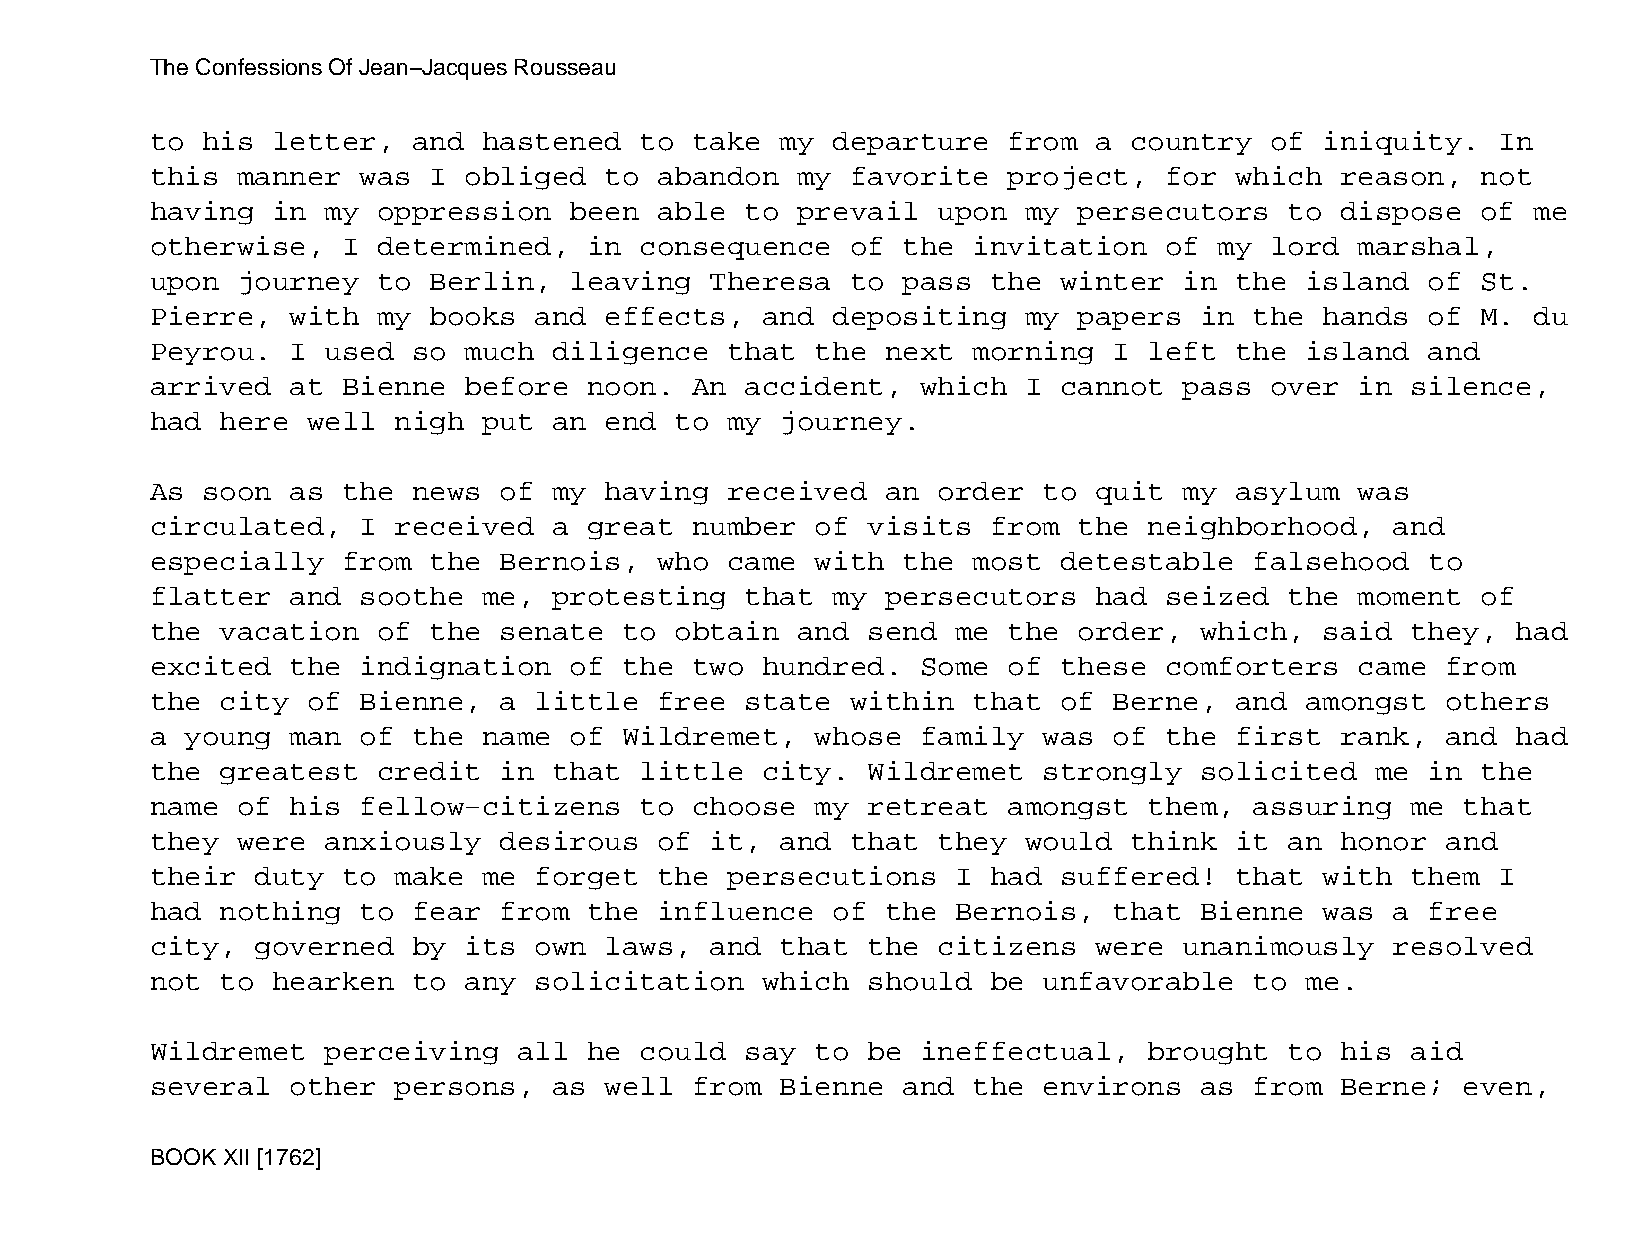
The Confessions Of Jean−Jacques Rousseau
 to his  letter,  and  hastened  to  take  my departure   from a  country  of  iniquity.  In
 this  manner  was I  obliged  to  abandon  my favorite   project,  for  which  reason,  not
 having  in  my oppression   been  able to  prevail  upon  my persecutors   to  dispose  of me
 otherwise,   I determined,   in consequence   of  the invitation   of  my lord  marshal,
 upon  journey  to Berlin,   leaving  Theresa  to  pass  the winter  in  the island   of St.
 Pierre,  with  my books  and  effects,  and  depositing   my papers  in  the  hands  of M. du
 Peyrou.  I  used so  much  diligence  that  the  next morning   I left  the island   and
 arrived  at  Bienne  before  noon.  An accident,   which  I cannot  pass  over  in silence,
 had  here well  nigh  put  an end  to my  journey.
 As soon  as  the news  of  my having  received   an order  to quit  my  asylum  was
 circulated,   I received   a great  number  of visits   from the  neighborhood,   and
 especially   from the  Bernois,   who came  with  the most  detestable   falsehood   to
 flatter  and  soothe  me,  protesting  that  my  persecutors  had  seized  the  moment  of
 the  vacation  of the  senate  to  obtain  and send  me  the order,  which,   said they,  had
 excited  the  indignation   of the  two hundred.   Some  of these  comforters   came  from
 the  city of  Bienne,  a little   free state  within  that  of  Berne,  and amongst   others
 a young  man  of the  name  of Wildremet,   whose  family  was  of the  first  rank,  and had
 the  greatest  credit  in  that little  city.  Wildremet   strongly  solicited   me  in the
 name  of his  fellow−citizens   to  choose  my retreat   amongst  them,  assuring  me  that
 they  were  anxiously  desirous   of it,  and that  they  would  think  it an  honor  and
 their  duty  to make  me forget   the persecutions   I  had suffered!   that  with them  I
 had  nothing  to fear  from  the  influence  of  the Bernois,   that Bienne   was a  free
 city,  governed  by  its own  laws,  and  that the  citizens  were  unanimously   resolved
 not  to hearken  to  any solicitation   which  should   be unfavorable   to me.
 Wildremet   perceiving  all  he could  say  to be  ineffectual,   brought  to  his aid
 several  other  persons,   as well  from  Bienne  and the  environs  as  from  Berne;  even,
 BOOK XII [1762]